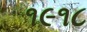
૧૯૧૮